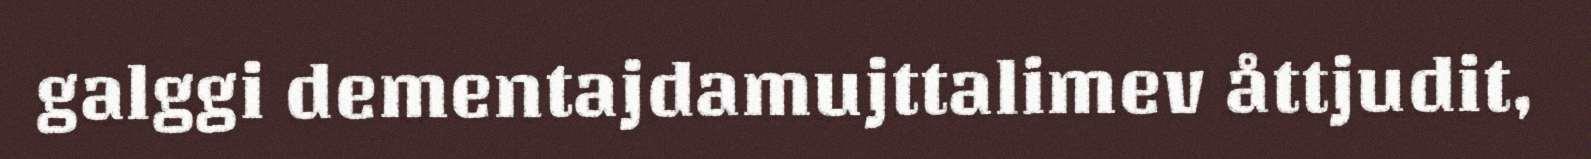
galggi dementajdamujttalimev åttjudit,